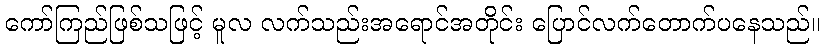
ကော်ကြည်ဖြစ်သဖြင့် မူလ လက်သည်းအရောင်အတိုင်း ပြောင်လက်တောက်ပနေသည်။